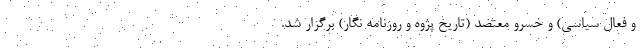
و فعال سیاسی) و خسرو معتضد (تاریخ پژوه و روزنامه نگار) برگزار شد.